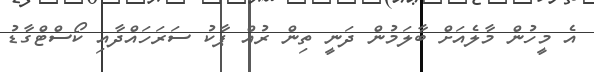
އެ މީހުން މާލެއަށް ބާލަމުން ދަނީ ތިން ރުއް ޕާކު ސަރަހައްދާއި ކޯސްޓްގާޑު